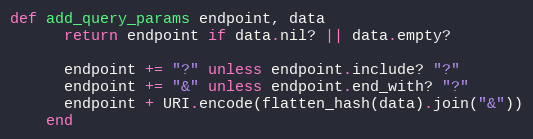
Language: Ruby
def add_query_params endpoint, data
      return endpoint if data.nil? || data.empty?

      endpoint += "?" unless endpoint.include? "?"
      endpoint += "&" unless endpoint.end_with? "?"
      endpoint + URI.encode(flatten_hash(data).join("&"))
    end